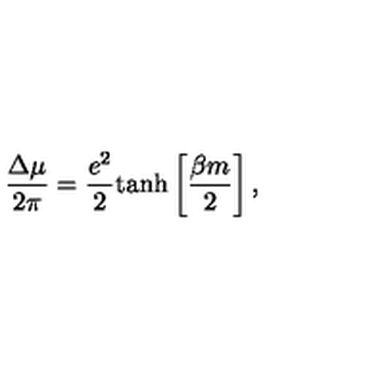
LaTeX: \frac { \Delta \mu } { 2 \pi } = \frac { e ^ { 2 } } { 2 } \mathrm { t a n h } \left[ \frac { \beta m } { 2 } \right] ,